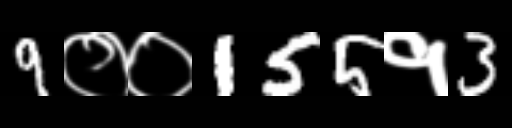
Text: 9००155१3